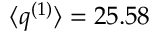
\langle q ^ { ( 1 ) } \rangle = 2 5 . 5 8